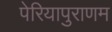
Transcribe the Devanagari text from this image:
पेरियापुराणम